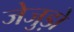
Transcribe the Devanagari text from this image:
जेजुड़ो